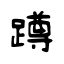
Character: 蹲